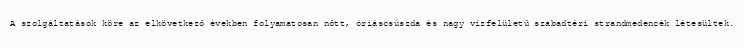
A szolgáltatások köre az elkövetkező években folyamatosan nőtt, óriáscsúszda és nagy vízfelületű szabadtéri strandmedencék létesültek.